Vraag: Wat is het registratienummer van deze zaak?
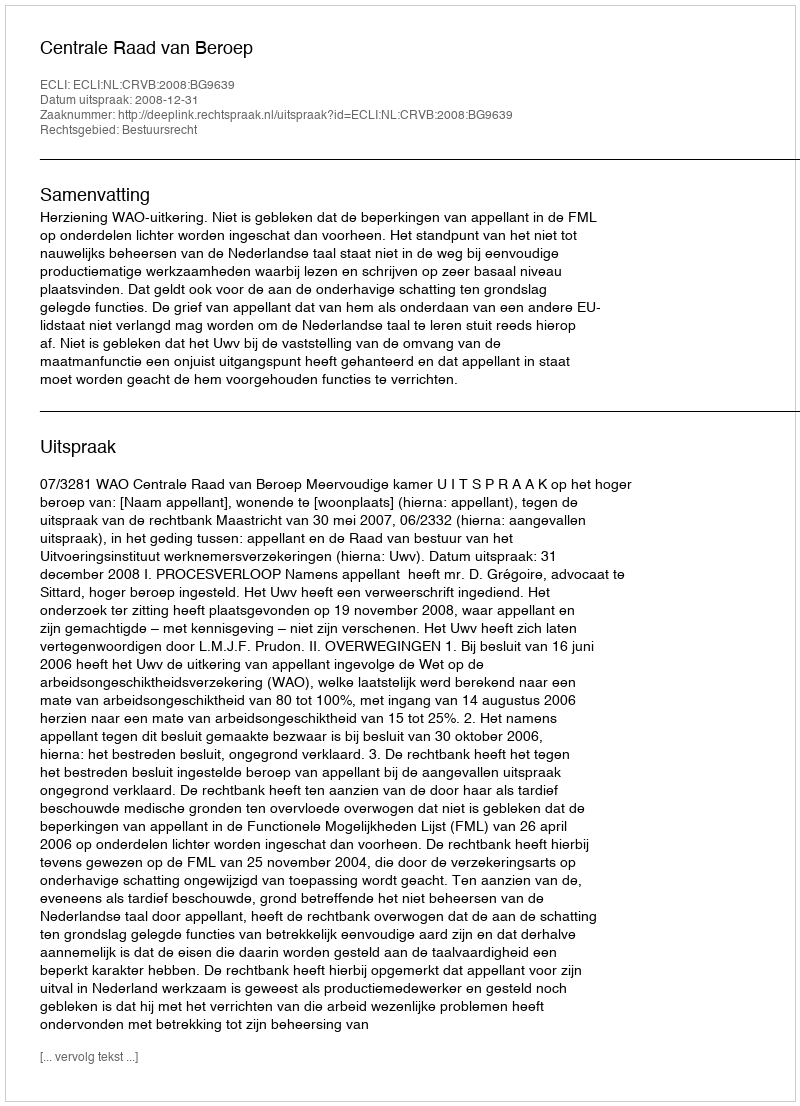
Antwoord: http://deeplink.rechtspraak.nl/uitspraak?id=ECLI:NL:CRVB:2008:BG9639